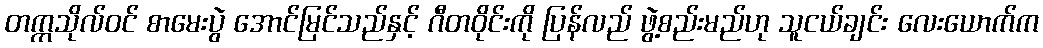
တက္ကသိုလ်ဝင် စာမေးပွဲ အောင်မြင်သည်နှင့် ဂီတဝိုင်းကို ပြန်လည် ဖွဲ့စည်းမည်ဟု သူငယ်ချင်း လေးယောက်က